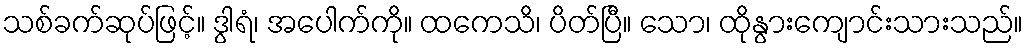
သစ်ခက်ဆုပ်ဖြင့်။ ဒွါရံ၊ အပေါက်ကို။ ထကေသိ၊ ပိတ်ပြီ။ သော၊ ထိုနွားကျောင်းသားသည်။